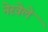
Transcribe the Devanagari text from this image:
नेरवेले